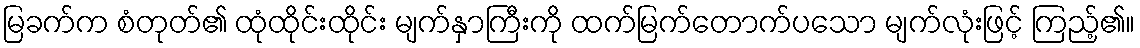
မြခက်က စံတုတ်၏ ထုံထိုင်းထိုင်း မျက်နှာကြီးကို ထက်မြက်တောက်ပသော မျက်လုံးဖြင့် ကြည့်၏။